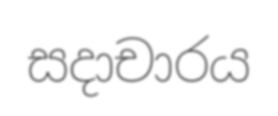
සදාචාරය